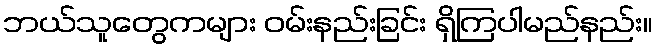
ဘယ်သူတွေကများ ဝမ်းနည်းခြင်း ရှိကြပါမည်နည်း။